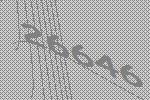
26646